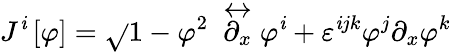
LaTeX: J^{\mathit{i}}\left[\varphi\right]=\sqrt{}{{1-\varphi^{2}}}~\stackrel{\leftrightarrow}{\partial_{x}}\varphi^{\mathit{i}}+\varepsilon^{\mathit{i}jk}\varphi^{j}\partial_{x}\varphi^{k}